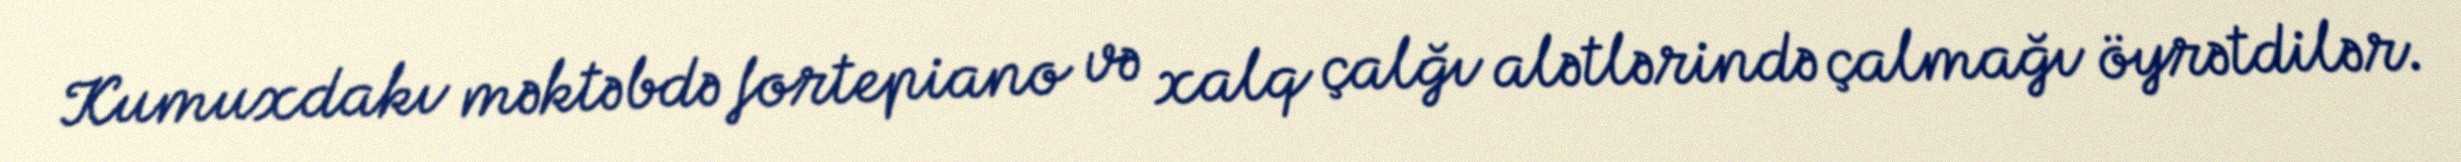
Kumuxdakı məktəbdə fortepiano və xalq çalğı alətlərində çalmağı öyrətdilər.